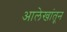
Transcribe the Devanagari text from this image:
आलेखांतून